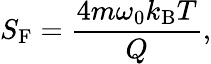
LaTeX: S_{\mathrm{F}}=\frac{4m\omega_{0}k_{\mathrm{B}}T}{Q},